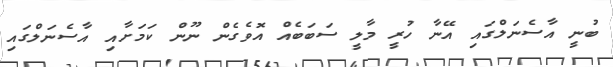
ބުނީ އާސެނަލްގައި އޭނާ ހުރީ މާލީ ސަބަބެއް އޮވެގެން ނޫން ކަމަށާއި އާސެނަލްގައި